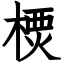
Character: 樮